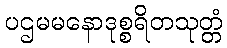
ပဌမမနောဒုစ္စရိတသုတ္တံ